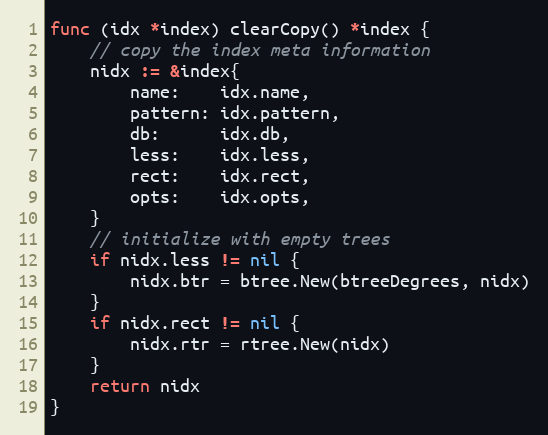
Language: Go
func (idx *index) clearCopy() *index {
	// copy the index meta information
	nidx := &index{
		name:    idx.name,
		pattern: idx.pattern,
		db:      idx.db,
		less:    idx.less,
		rect:    idx.rect,
		opts:    idx.opts,
	}
	// initialize with empty trees
	if nidx.less != nil {
		nidx.btr = btree.New(btreeDegrees, nidx)
	}
	if nidx.rect != nil {
		nidx.rtr = rtree.New(nidx)
	}
	return nidx
}